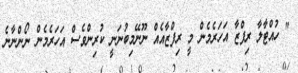
" ހުއްޓާލާ ރިފްޒާ އަހަރެމެން މީ ރިފްޒާއެއް ނޫނޭމިބުނަނީ ކުރިންވެސް އަހަރެމެން ނޯންނާނެ